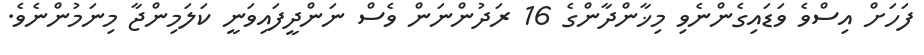
ފަހަށް އިސްވެ ވަޑައިގެންނެވި މިޚާންދާންގެ 16 ރަދުންނަން ވެސް ނަންދީފައިވަނީ ކަލަމިންޖާ މިނަމުންނެވެ.